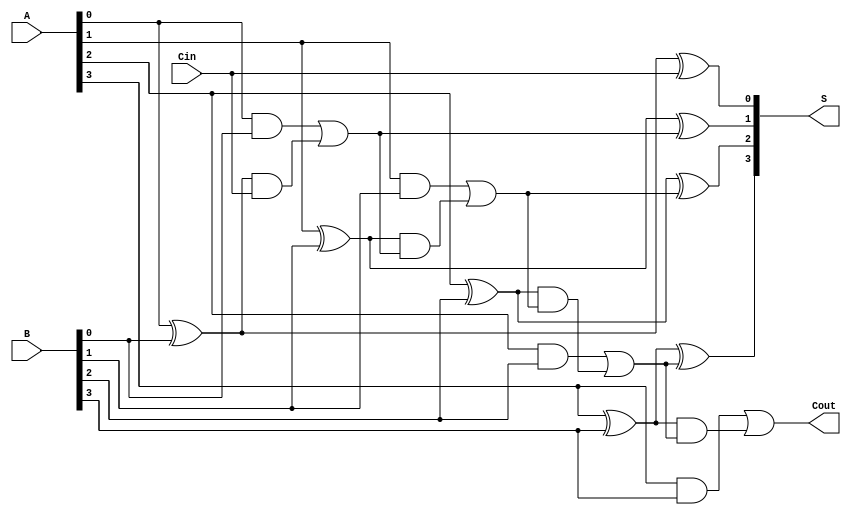
module CILA #(parameter N = 4) (
    input  [N-1:0] A,      // First input
    input  [N-1:0] B,      // Second input
    input          Cin,     // Carry-in
    output [N-1:0] S,      // Sum output
    output         Cout     // Carry-out
);

    // Generate and Propagate signals
    wire [N-1:0] G; // Generate signals
    wire [N-1:0] P; // Propagate signals
    wire [N:0] C;   // Carry signals

    // Generate and Propagate logic
    genvar i;
    generate
        for (i = 0; i < N; i = i + 1) begin : gen_prop
            assign G[i] = A[i] & B[i]; // Generate
            assign P[i] = A[i] ^ B[i]; // Propagate
        end
    endgenerate

    // Carry signal calculation using lookahead logic
    assign C[0] = Cin; // Initial carry
    generate
        for (i = 1; i <= N; i = i + 1) begin : carry_logic
            assign C[i] = G[i-1] | (P[i-1] & C[i-1]);
        end
    endgenerate

    // Sum calculation
    generate
        for (i = 0; i < N; i = i + 1) begin : sum_logic
            assign S[i] = P[i] ^ C[i]; // Sum
        end
    endgenerate

    // Carry-out signal
    assign Cout = G[N-1] | (P[N-1] & C[N-1]);

endmodule